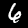
Label: 6